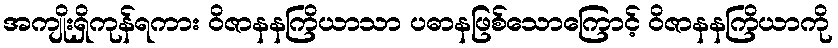
အကျိုးရှိကုန်ရကား ဝိဇာနနကြိယာသာ ပဓာနဖြစ်သောကြောင့် ဝိဇာနနကြိယာကို